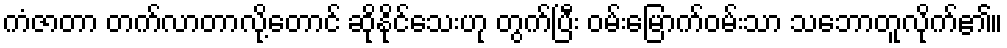
ကံဇာတာ တက်လာတာလို့တောင် ဆိုနိုင်သေးဟု တွက်ပြီး ဝမ်းမြောက်ဝမ်းသာ သဘောတူလိုက်၏။